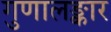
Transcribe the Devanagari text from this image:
गुणालङ्कार